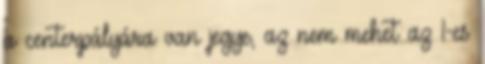
a centerpályára van jegye, az nem mehet az 1-es